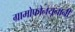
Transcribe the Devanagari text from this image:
ग्रामोफोनयूनानी